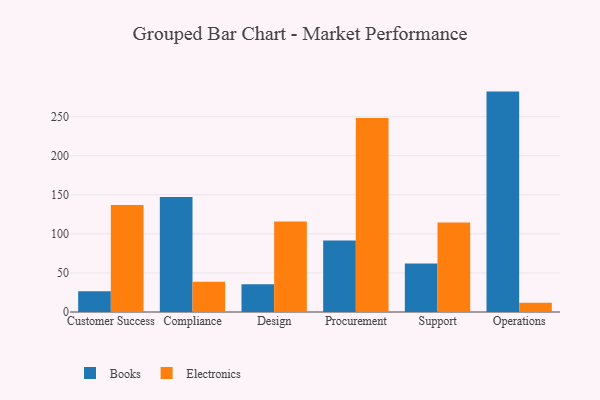
{"axis": {"x": "Department", "y": "Satisfaction Score"}, "legend": ["Books", "Electronics"], "data": [{"x": "Customer Success", "y": 26.5, "type": "Books"}, {"x": "Customer Success", "y": 136.9, "type": "Electronics"}, {"x": "Compliance", "y": 147.1, "type": "Books"}, {"x": "Compliance", "y": 38.8, "type": "Electronics"}, {"x": "Design", "y": 35.6, "type": "Books"}, {"x": "Design", "y": 115.7, "type": "Electronics"}, {"x": "Procurement", "y": 91.4, "type": "Books"}, {"x": "Procurement", "y": 248.1, "type": "Electronics"}, {"x": "Support", "y": 62.2, "type": "Books"}, {"x": "Support", "y": 114.4, "type": "Electronics"}, {"x": "Operations", "y": 282.0, "type": "Books"}, {"x": "Operations", "y": 11.9, "type": "Electronics"}]}